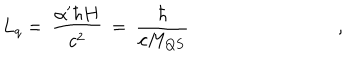
L _ { q } = \: \frac { \alpha ^ { \prime } \hbar H } { c ^ { 2 } } \: = \: \frac { \hbar } { c M _ { Q S } } \qquad \qquad \qquad \qquad ,